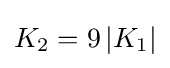
K_{2}=9\left\vert K_{1}\right\vert